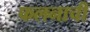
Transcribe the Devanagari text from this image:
फलनाची